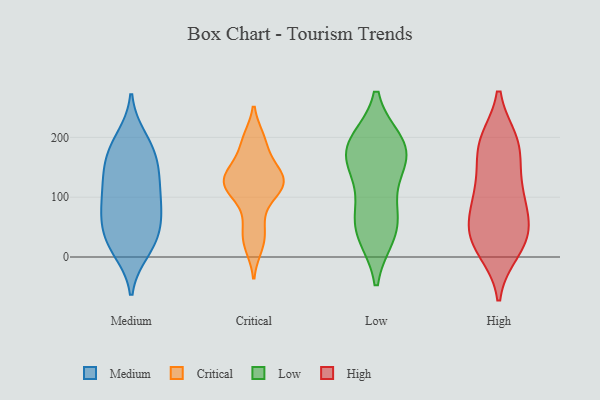
{"axis": {"x": "Shipments", "y": "Value"}, "legend": ["Critical", "High", "Low", "Medium"], "data": [{"x": "", "y": 73, "type": "Medium"}, {"x": "", "y": 31, "type": "Medium"}, {"x": "", "y": 182, "type": "Medium"}, {"x": "", "y": 130, "type": "Medium"}, {"x": "", "y": 21, "type": "Medium"}, {"x": "", "y": 140, "type": "Medium"}, {"x": "", "y": 57, "type": "Medium"}, {"x": "", "y": 110, "type": "Medium"}, {"x": "", "y": 141, "type": "Medium"}, {"x": "", "y": 198, "type": "Medium"}, {"x": "", "y": 22, "type": "Medium"}, {"x": "", "y": 63, "type": "Medium"}, {"x": "", "y": 91, "type": "Medium"}, {"x": "", "y": 163, "type": "Medium"}, {"x": "", "y": 11, "type": "Medium"}, {"x": "", "y": 184, "type": "Medium"}, {"x": "", "y": 88, "type": "Medium"}, {"x": "", "y": 146, "type": "Critical"}, {"x": "", "y": 121, "type": "Critical"}, {"x": "", "y": 18, "type": "Critical"}, {"x": "", "y": 33, "type": "Critical"}, {"x": "", "y": 120, "type": "Critical"}, {"x": "", "y": 60, "type": "Critical"}, {"x": "", "y": 133, "type": "Critical"}, {"x": "", "y": 117, "type": "Critical"}, {"x": "", "y": 126, "type": "Critical"}, {"x": "", "y": 158, "type": "Critical"}, {"x": "", "y": 197, "type": "Critical"}, {"x": "", "y": 102, "type": "Critical"}, {"x": "", "y": 195, "type": "Critical"}, {"x": "", "y": 59, "type": "Low"}, {"x": "", "y": 180, "type": "Low"}, {"x": "", "y": 137, "type": "Low"}, {"x": "", "y": 80, "type": "Low"}, {"x": "", "y": 161, "type": "Low"}, {"x": "", "y": 191, "type": "Low"}, {"x": "", "y": 40, "type": "Low"}, {"x": "", "y": 38, "type": "Low"}, {"x": "", "y": 175, "type": "Low"}, {"x": "", "y": 190, "type": "Low"}, {"x": "", "y": 12, "type": "High"}, {"x": "", "y": 79, "type": "High"}, {"x": "", "y": 188, "type": "High"}, {"x": "", "y": 62, "type": "High"}, {"x": "", "y": 44, "type": "High"}, {"x": "", "y": 126, "type": "High"}, {"x": "", "y": 188, "type": "High"}, {"x": "", "y": 21, "type": "High"}, {"x": "", "y": 192, "type": "High"}, {"x": "", "y": 182, "type": "High"}, {"x": "", "y": 29, "type": "High"}, {"x": "", "y": 36, "type": "High"}, {"x": "", "y": 106, "type": "High"}, {"x": "", "y": 108, "type": "High"}]}